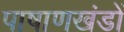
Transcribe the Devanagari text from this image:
पाषाणखंडों